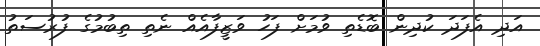
އަދި އެފަދަ ކުދިން ބޮޑެތި ވުމަށް ފަހު ވަޒީފާއެއް ނެތި ތިބުމުގެ ފުރުސަތު